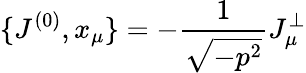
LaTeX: \{ J^{(0)},x_{\mu}\} =-\frac{1}{\sqrt{-p^{2}}}J_{\mu}^{\bot}